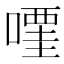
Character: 𠽥